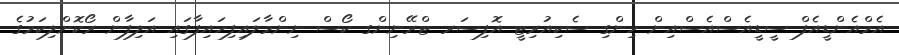
އެމްއެންޑީއެފް ސީޑީއެސްއެސްއިން ހިންގި ސެކިއުރިޓީ އޮފިސަރ ޓްރޭނިންގ ކޯސް ނިންމާލައިފިހައިފާގައި އަލިފާން ރޯކޮށްލިކަމުގެ